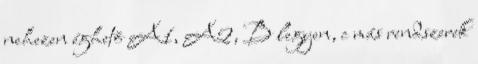
nehezen éghetõ A1, A2, B legyen, c más rendszerek